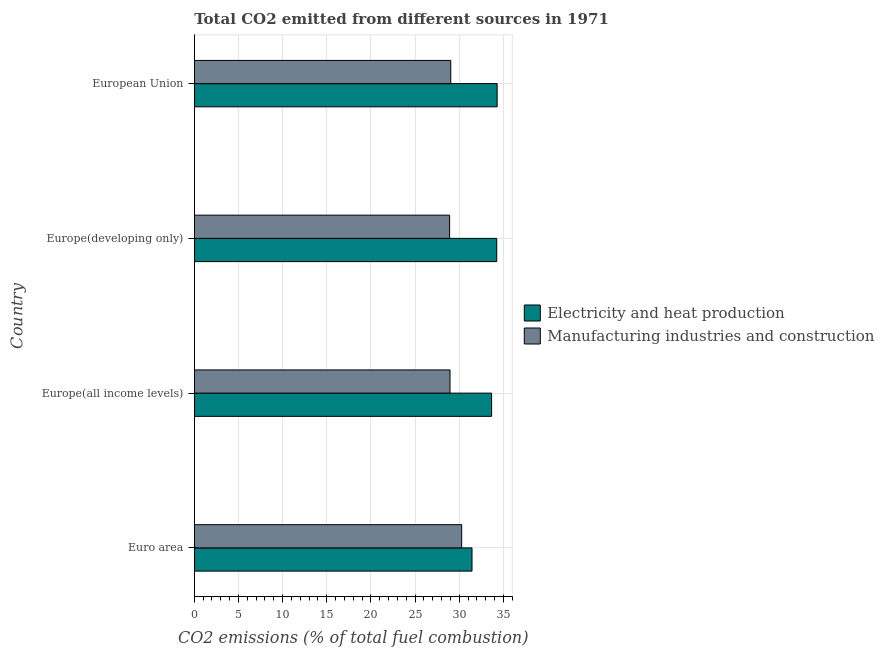
| Country | Electricity and heat production | Manufacturing industries and construction |
 | --- | --- | --- |
 | Euro area | 31.4 | 30.3 |
 | Europe(all income levels) | 33.7 | 29 |
 | Europe(developing only) | 34.2 | 28.9 |
 | European Union | 34.3 | 29 |